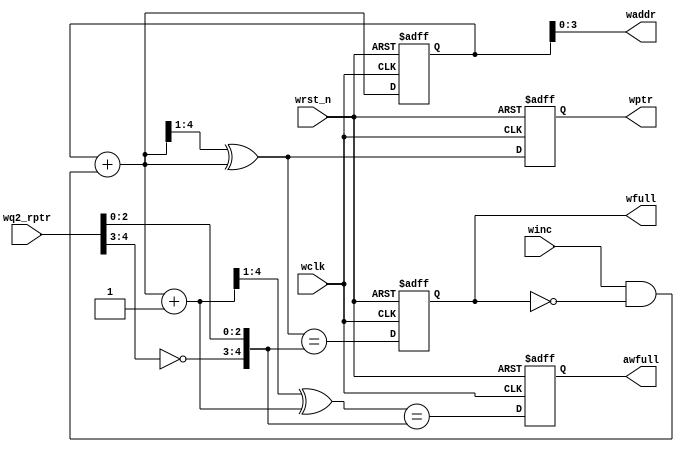
module wptr_full_2
    #(
    parameter ADDRSIZE = 4
    )(
    input  wire                wclk,
    input  wire                wrst_n,
    input  wire                winc,
    input  wire [ADDRSIZE  :0] wq2_rptr,
    output reg                 wfull,
    output reg                 awfull,
    output wire [ADDRSIZE-1:0] waddr,
    output reg  [ADDRSIZE  :0] wptr
    );
    reg  [ADDRSIZE:0] wbin;
    wire [ADDRSIZE:0] wgraynext, wbinnext, wgraynextp1;
    wire              awfull_val, wfull_val;
    always @(posedge wclk or negedge wrst_n) begin
        if (!wrst_n) 
            {wbin, wptr} <= 0;
        else         
            {wbin, wptr} <= {wbinnext, wgraynext};
    end
    assign waddr = wbin[ADDRSIZE-1:0];
    assign wbinnext  = wbin + (winc & ~wfull);
    assign wgraynext = (wbinnext >> 1) ^ wbinnext;
    assign wgraynextp1 = ((wbinnext + 1'b1) >> 1) ^ (wbinnext + 1'b1);
     assign wfull_val = (wgraynext == {~wq2_rptr[ADDRSIZE:ADDRSIZE-1],wq2_rptr[ADDRSIZE-2:0]});
     assign awfull_val = (wgraynextp1 == {~wq2_rptr[ADDRSIZE:ADDRSIZE-1],wq2_rptr[ADDRSIZE-2:0]});
     always @(posedge wclk or negedge wrst_n) begin
        if (!wrst_n) begin
            awfull <= 1'b0;
            wfull  <= 1'b0;
        end
        else begin
            awfull <= awfull_val;
            wfull  <= wfull_val;
        end
    end
endmodule